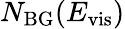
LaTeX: N_{\mathrm{BG}}(E_{\mathrm{vis}})